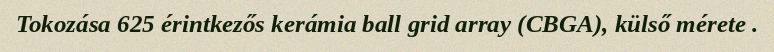
Tokozása 625 érintkezős kerámia ball grid array (CBGA), külső mérete .